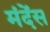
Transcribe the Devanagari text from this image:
मंदेंस